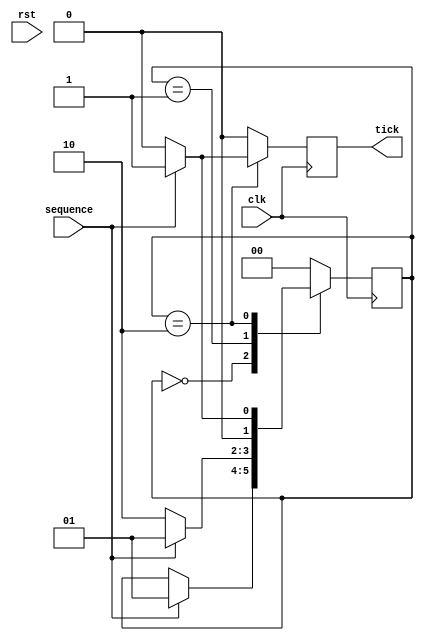
module sd_mealy( input wire clk, 
                 input wire rst,
                 input wire sequence,
                 output reg tick);

localparam a = 2'b00;
localparam b = 2'b01;
localparam c = 2'b10;

reg [1:0] presentState, nextState;

always@(posedge clk, posedge rst) begin
if(rst) presentState <= a;
else if(clk) presentState <= nextState;
end

always@(posedge clk) begin
presentState = nextState;
tick = 1'b0;
case(presentState)
a: if(sequence) nextState = b;
b: begin
   if(~sequence) nextState = c;
   else nextState = b;
   end
c: begin 
   if(sequence) begin
   tick = 1'b1;
   nextState = b; end
   else nextState = a;
   end
default: begin
         tick = 1'b0;
         nextState = a;
	 end
endcase
end
endmodule

//TESTBENCH
module sd_mealy_tb();

reg clk, rst;
reg sequence;
wire z;

sd_mealy uut(.clk(clk), .rst(rst), .sequence(sequence), .tick(z));

initial begin
sequence = 1'b0;
clk = 1'b0;
end

always #5 clk = ~clk;

initial begin
rst = 1'b1;
#10 rst = 1'b0;
end

initial begin
#15 sequence = 1'b1;
#10 sequence = 1'b1;
#10 sequence = 1'b0;
#10 sequence = 1'b1;

end

initial $monitor($time,"sequence = %b, z = %b", sequence, z);
initial #200 $finish;

endmodule